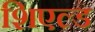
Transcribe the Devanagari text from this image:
शिएल्ड